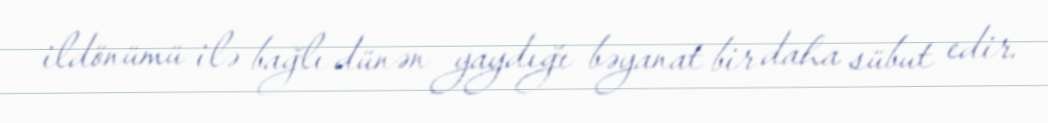
ildönümü ilə bağlı dünən yaydığı bəyanat bir daha sübut edir.